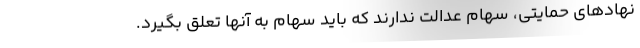
نهادهای حمایتی، سهام عدالت ندارند که باید سهام به آنها تعلق بگیرد.